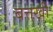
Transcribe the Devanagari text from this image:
बत्तखी